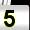
Digit: 5